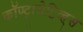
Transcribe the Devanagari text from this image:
कॉण्ट्रासेप्टिव्ह्स